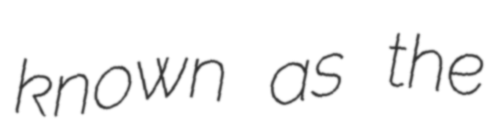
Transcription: known as the